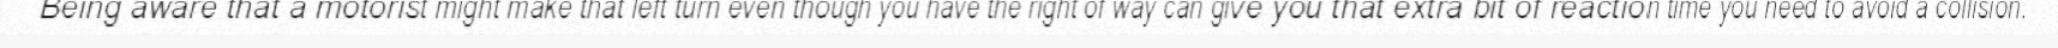
Being aware that a motorist might make that left turn even though you have the right of way can give you that extra bit of reaction time you need to avoid a collision.